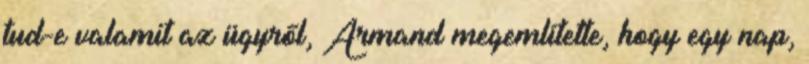
tud-e valamit az ügyről, Armand megemlítette, hogy egy nap,